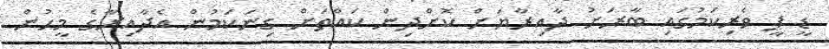
ޑީ ޕީ ވެރިކަމުގައި ބާރަށު ދާއިރާޔަށް ކޮށްދިން ކައްތަށް ގިނަކަމުން އެދާއިރާގެ މީހުން